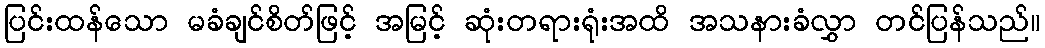
ပြင်းထန်သော မခံချင်စိတ်ဖြင့် အမြင့် ဆုံးတရားရုံးအထိ အသနားခံလွှာ တင်ပြန်သည်။